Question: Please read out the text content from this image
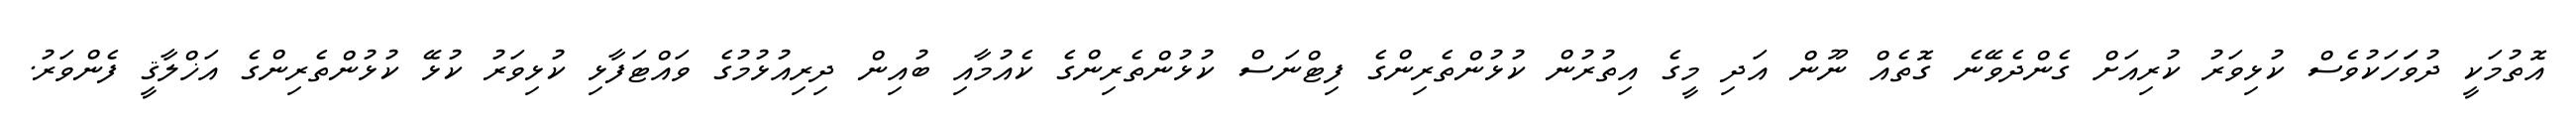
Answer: އޮތުމަކީ ދުވަަހަކުވެސް ކުޅިވަރު ކުރިއަށް ގެންދެވޭނެ ގޮތެއް ނޫން އަދި މީގެ އިތުރުން ކުޅުންތެރިންގެ ފިޓްނަސް ކުޅުންތެރިންގެ ކެއުމާއި ބުއިން ދިރިއުޅުމުގެ ވައްޓަފާޅި ކުޅިވަރު ކުޅޭ ކުޅުންތެރިންގެ އަޚްލާޤީ ފެންވަރު.